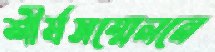
শীর্ষসম্মেলনে